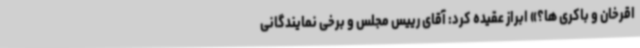
اقرخان و باکری ها؟» ابراز عقیده کرد: آقای رییس مجلس و برخی نمایندگانی